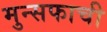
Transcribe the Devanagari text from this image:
मुन्सफाची